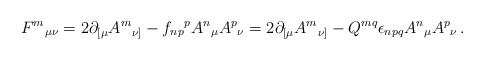
\begin{align*}F^{m}{}_{\mu\nu} = 2\partial_{[\mu}A^{m}{}_{\nu]} -f_{np}{}^{p}A^{n}{}_{\mu}A^{p}{}_{\nu}= 2\partial_{[\mu}A^{m}{}_{\nu]} -Q^{mq}\epsilon_{npq}A^{n}{}_{\mu}A^{p}{}_{\nu}\, .\end{align*}